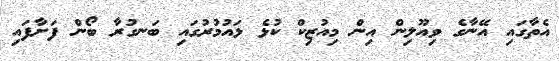
އެތާގައި އޭނާގެ ވިއޫލިން އިން މިއުޒިކް ކުޅެ ޅައުމުރުގައި ބަނގުރާ ބޯން ފަށާފައި